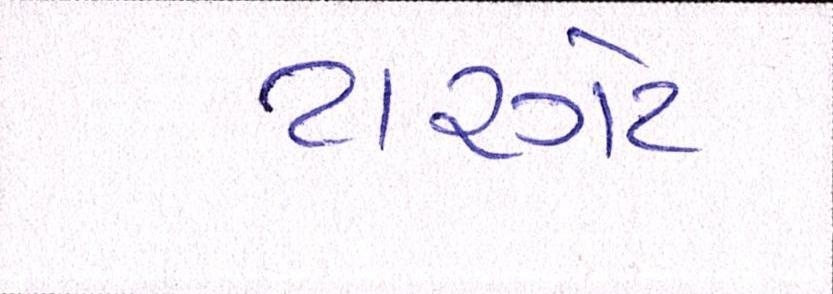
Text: ટારગેટ